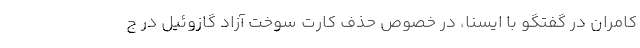
کامران در گفتگو با ایسنا، در خصوص حذف کارت سوخت آزاد گازوئیل در ج